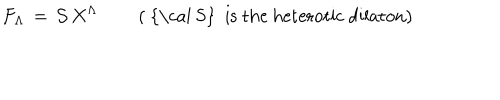
F _ { \Lambda } \, = \, { \cal S } \, X ^ { \Lambda } \quad \quad \left( \mathrm { ~ { \cal ~ S } ~ i s ~ t h e ~ h e t e r o t i c ~ d i l a t o n } \right)